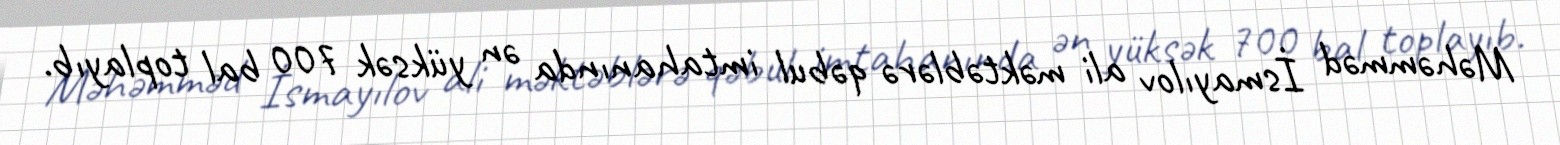
Məhəmməd İsmayılov ali məktəblərə qəbul imtahanında ən yüksək 700 bal toplayıb.